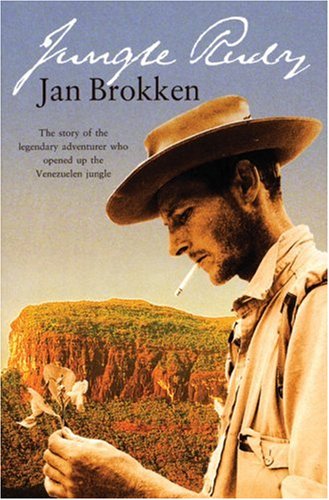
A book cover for Jungle Rudy; Jan Brokken; Travel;